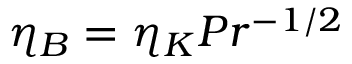
\eta _ { B } = \eta _ { K } P r ^ { - 1 / 2 }